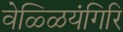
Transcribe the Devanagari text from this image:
वेळ्ळियंगिरि